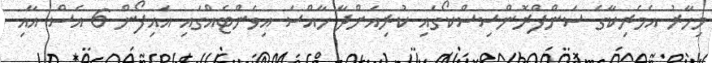
މިހާރު އެމެރިކާގެ ސަންފްރޮންސިސްކޯގައި ކުރިއަށްދާ ހާއްސަ އިވެންޓެއްގައި އައިފޯން 6 އެސް އާއި